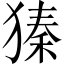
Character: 獉